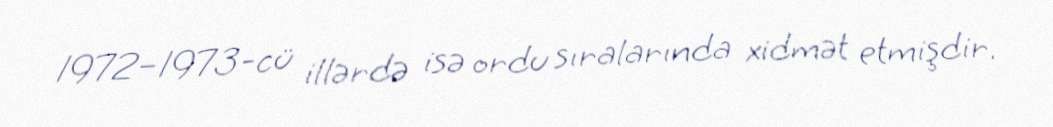
1972–1973-cü illərdə isə ordu sıralarında xidmət etmişdir.